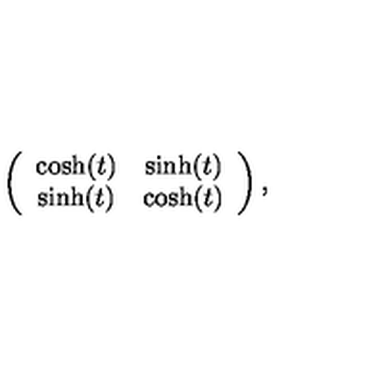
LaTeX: \left( \begin{array} { c c } { \cosh ( t ) } & { \sinh ( t ) } \\ { \sinh ( t ) } & { \cosh ( t ) } \\ \end{array} \right) ,